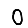
Digit: 0